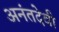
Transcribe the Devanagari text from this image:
अनंतदेवी